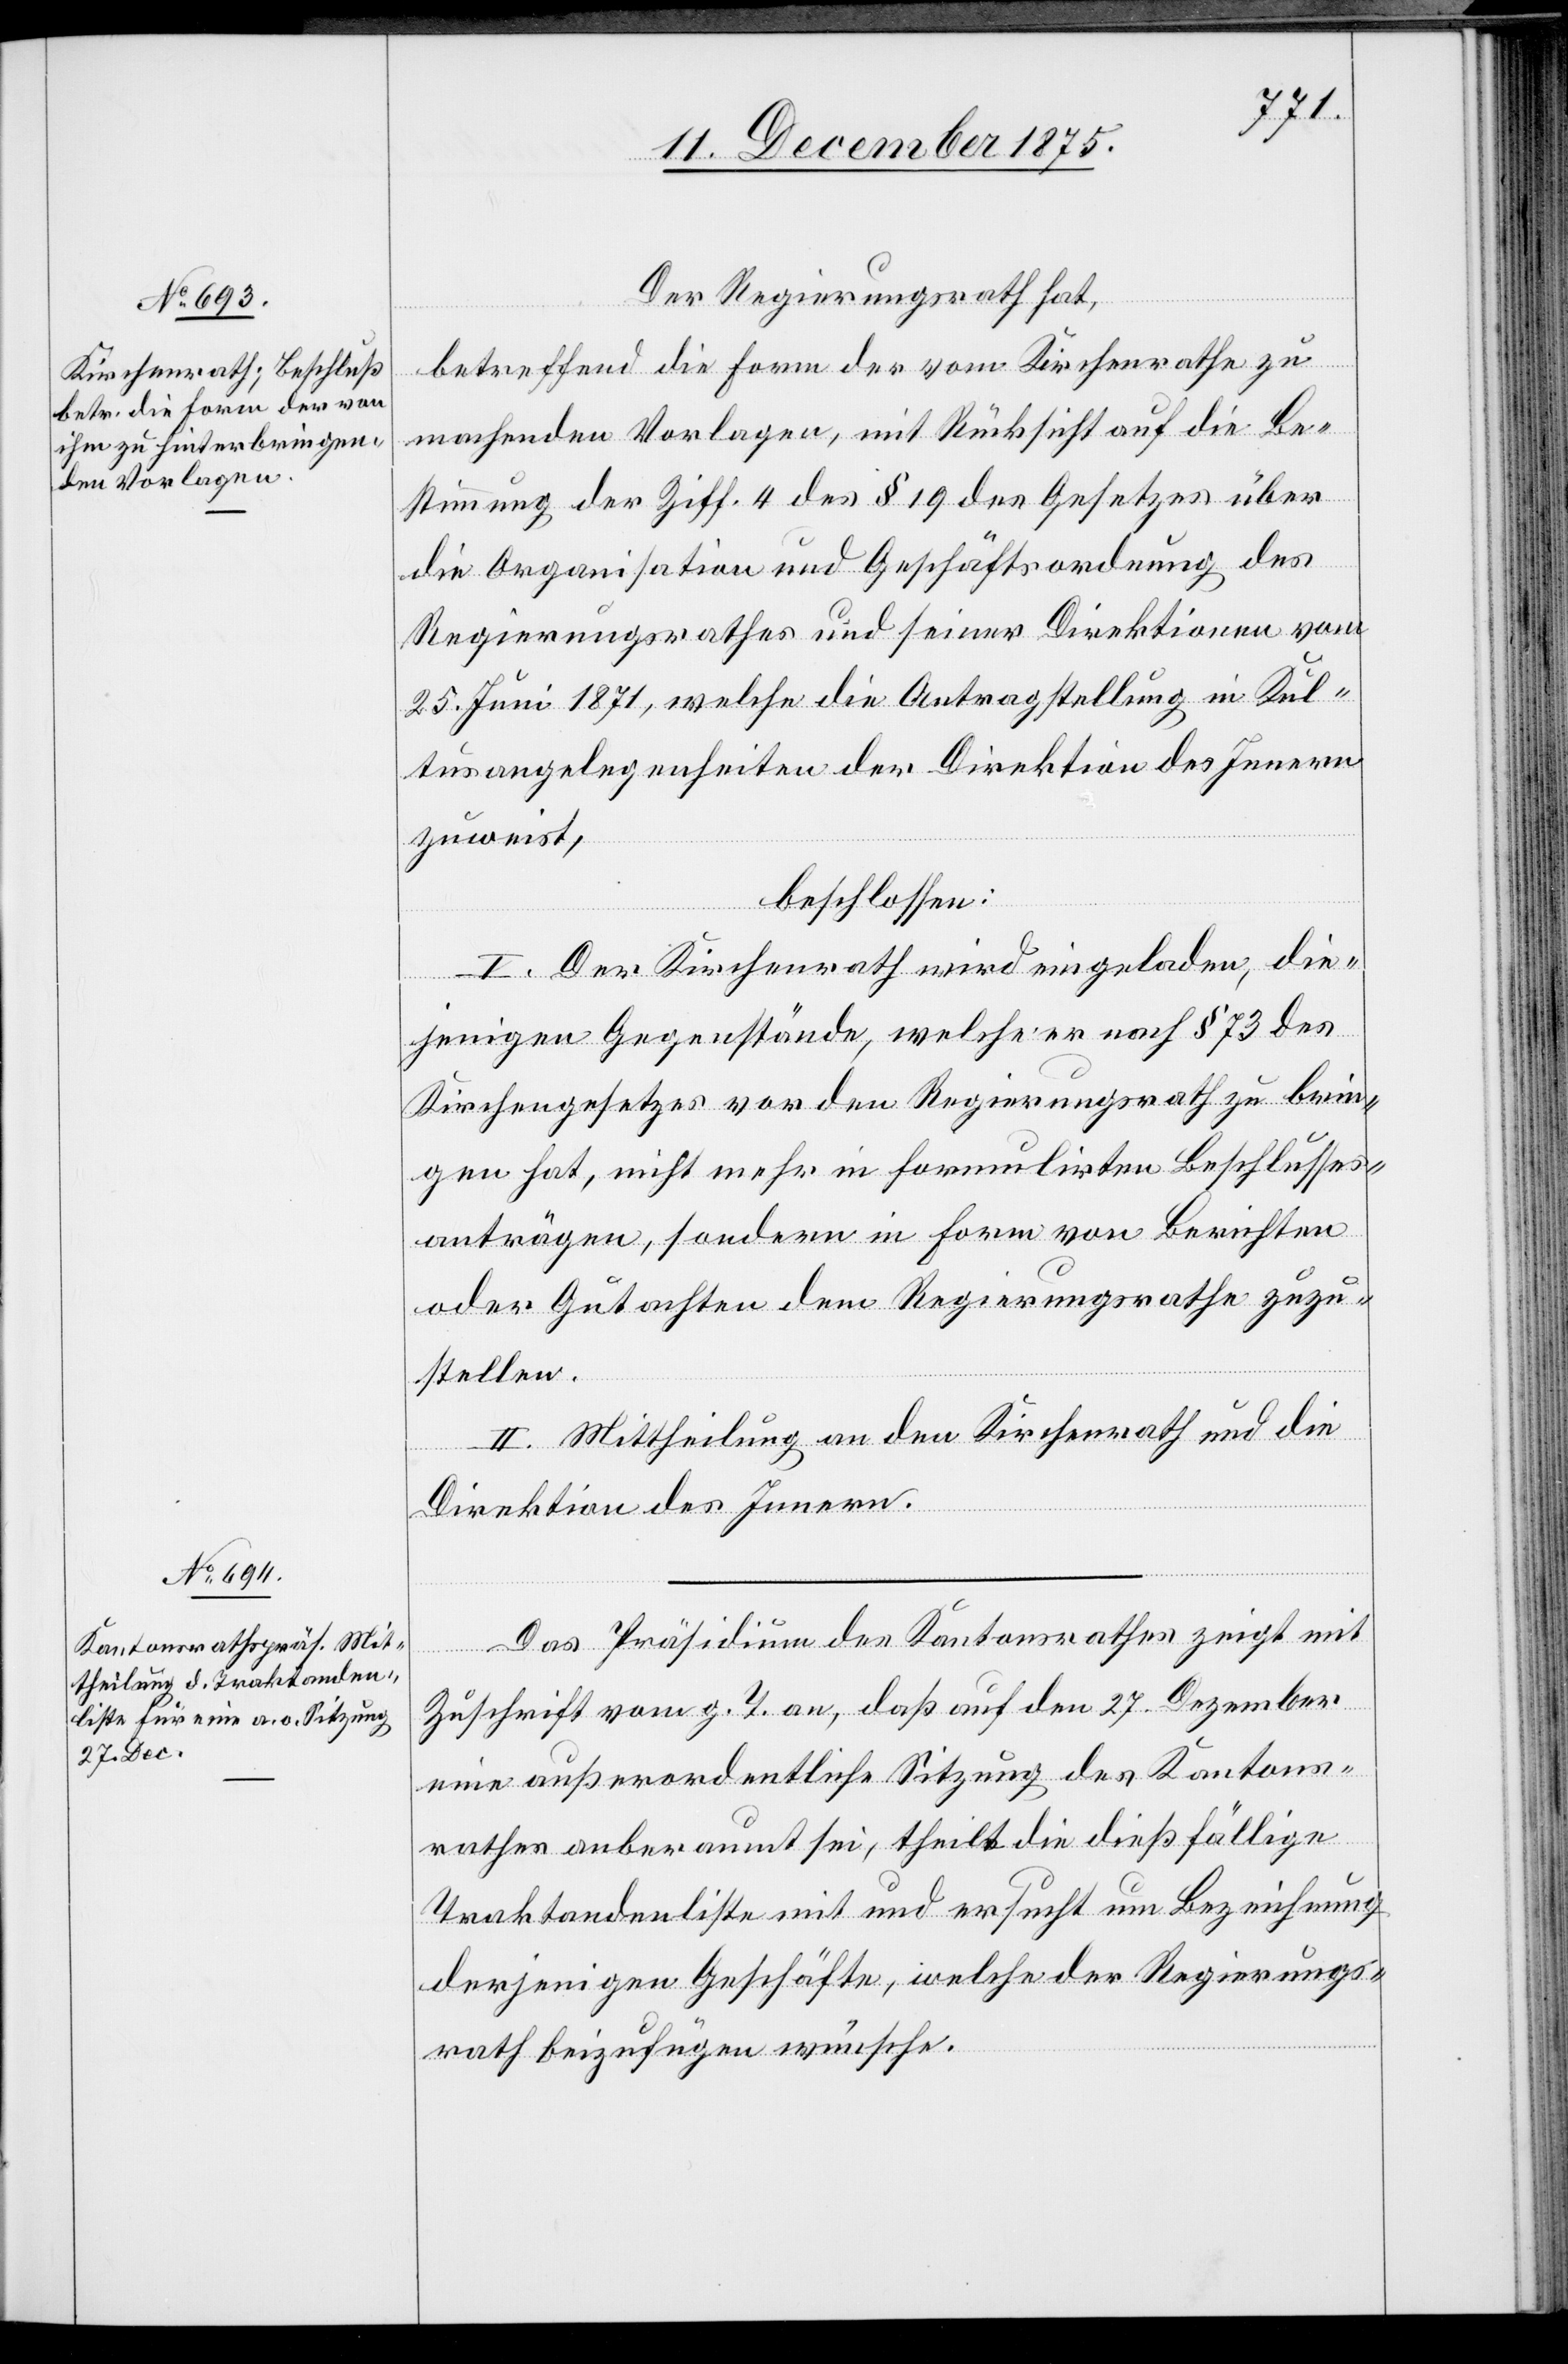
Der Regierungsrath hat,
betreffend die Form der vom Kirchenrathe zu
machenden Vorlagen, mit Rücksicht auf die Be¬
stimmung der Ziff. 4 des § 19 des Gesetzes über
die Organisation und Geschäftsordnung des
Regierungsrathes und seiner Direktionen vom
25. Juni 1871, welche die Antragstellung in Kul¬
tusangelegenheiten der Direktion des Innern
zuweist,
beschlossen:
I. Der Kirchenrath wird eingeladen, die¬
jenigen Gegenstände, welche er nach § 73 des
Kirchengesetzes vor den Regierungsrath zu brin¬
gen hat, nicht mehr in formulirten Beschlusses¬
anträgen, sondern in Form von Berichten
oder Gutachten dem Regierungsrathe zuzu¬
stellen.
II. Mittheilung an den Kirchenrath und die
Direktion des Innern.
Das Präsidium des Kantonsrathes zeigt mit
Zuschrift vom g. T. an, daß auf den 27. Dezember
eine außerordentliche Sitzung des Kantons¬
rathes anberaumt sei, theilt die dießfällige
Traktandenliste mit und ersucht um Bezeichnung
derjenigen Geschäfte, welche der Regierungs¬
rath beizufügen wünsche.